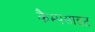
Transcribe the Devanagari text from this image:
कैम्पसाइट